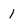
Character: 1